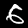
Label: 6